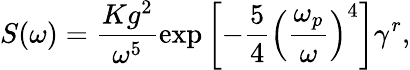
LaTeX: S(\omega)=\frac{Kg^{2}}{\omega^{5}}\exp\left[-\frac{5}{4}\left(\frac{\omega_{p}}{\omega}\right)^{4}\right]\gamma^{r},